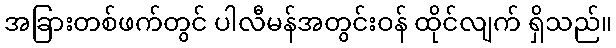
အခြားတစ်ဖက်တွင် ပါလီမန်အတွင်းဝန် ထိုင်လျက် ရှိသည်။